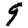
Digit: 9